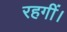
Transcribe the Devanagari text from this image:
रहगीं।